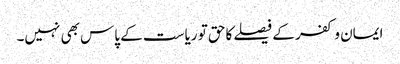
ایمان و کفر کے فیصلے کاحق تو ریاست کے پاس بھی نہیں۔